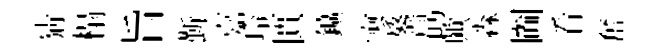
猜榻旨斳嘉玲匱鑛寥鏊勗歟淼圗㸔奮